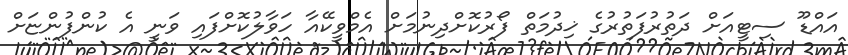
އައްޑޫ ސިޓީއަށް ދަތުރުފަތުރުގެ ޚިދުމަތް ފޯރުކޮށްދިނުމަށް އެމްވީކޭއާ ހަވާލުކޮށްފައި ވަނީ އެ ކުންފުންޏަށް